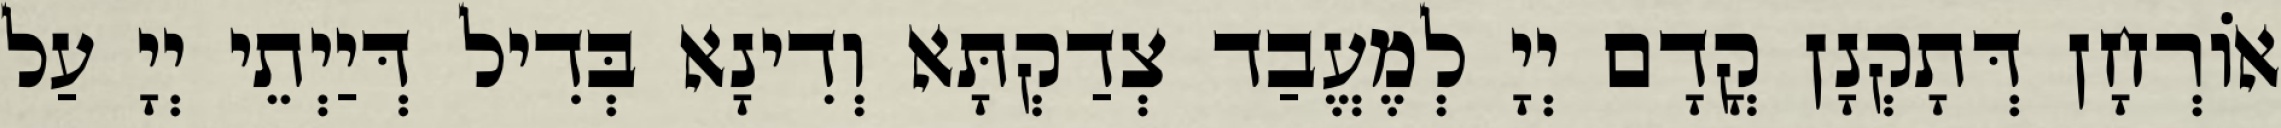
אוֹרְחָן דְּתָקְנָן קֳדָם יְיָ לְמֶעֱבַד צְדַקְתָּא וְדִינָא בְּדִיל דְּיַיְתֵי יְיָ עַל